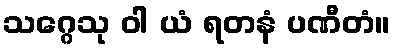
သဂ္ဂေသု ဝါ ယံ ရတနံ ပဏီတံ။